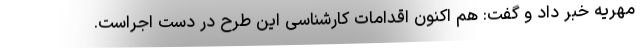
مهریه خبر داد و گفت: هم اکنون اقدامات کارشناسی این طرح در دست اجراست.